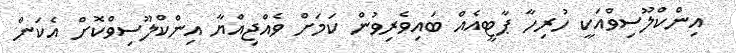
އިންކްލޫސިވްއަކީ ހުރިހާ ޕާޓީއެއް ބައިވެރިވުން ކަމަށް ވެއްޖިއްޔާ އިންކްލޫސިވްކޮށް އެކަން